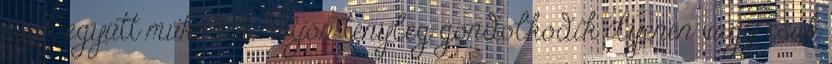
csak együtt működik. Vajon tényleg gondolkodik ilyenen vagy csak